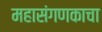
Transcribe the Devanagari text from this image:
महासंगणकाचा